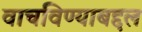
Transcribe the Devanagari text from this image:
वाचविण्याबद्दल